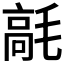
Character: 𩫁